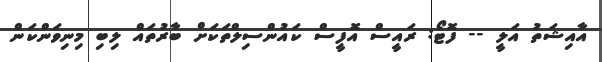
އާއިޝަތު އަލީ -- ފޮޓޯ: ރައީސް އޮފީސް ކައުންސިލްތަކަށް ބާރުތައް ލިބި މިނިވަންކަން